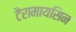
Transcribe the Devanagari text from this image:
टैरामायसिन